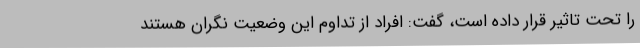
را تحت تاثیر قرار داده است، گفت: افراد از تداوم این وضعیت نگران هستند